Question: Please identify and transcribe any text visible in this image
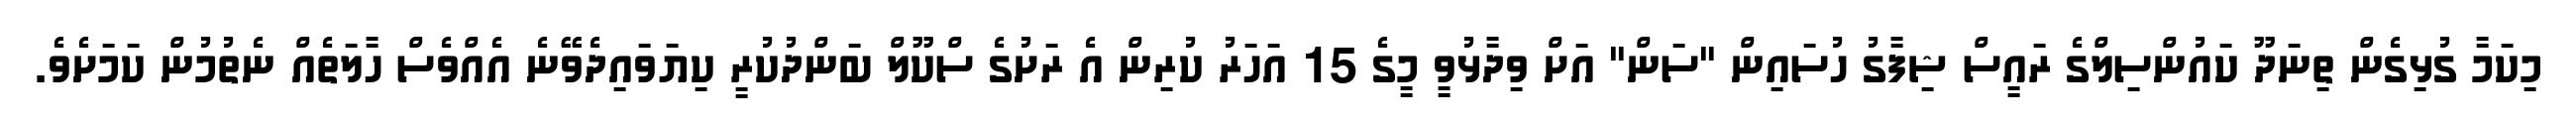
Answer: މިކަމާ ގުޅިގެން ތިނަދޫ ކައުންސިލްގެ ރައީސް ޝިފާގު ހުސައިން "ސަން" އަށް ވިދާޅުވީ މީގެ 15 އަހަރު ކުރިން އެ ރަށުގެ ސްކޫލް ބަންދުކުރީ ކިޔަވައިދެވޭނެ އެއްވެސް ހާލަތެއް ނެތުމުން ކަމަށެވެ.